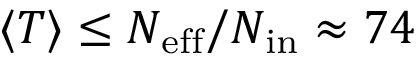
\langle T \rangle \leq { N _ { \mathrm { e f f } } } / { N _ { \mathrm { i n } } } \approx 7 4